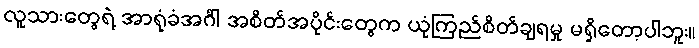
လူသားတွေရဲ့ အာရုံခံအင်္ဂါ အစိတ်အပိုင်းတွေက ယုံကြည်စိတ်ချရမှု မရှိတော့ပါဘူး။